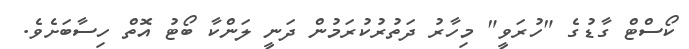
ކޯސްޓް ގާޑުގެ "ހުރަވީ" މިހާރު ދަތުރުކުރަމުން ދަނީ ލަންކާ ބޯޓު އޮތް ހިސާބަށެވެ.